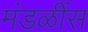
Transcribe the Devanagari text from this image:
मंडळींस